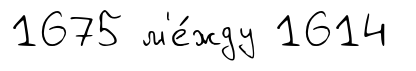
1675 м'е́жду 1614